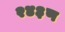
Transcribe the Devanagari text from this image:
२४३ण